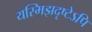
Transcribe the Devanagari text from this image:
यस्मिझदृष्टेऽपि